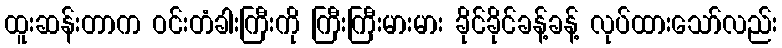
ထူးဆန်းတာက ဝင်းတံခါးကြီးကို ကြီးကြီးမားမား ခိုင်ခိုင်ခန့်ခန့် လုပ်ထားသော်လည်း